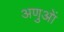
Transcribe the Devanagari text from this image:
अणुआें